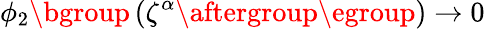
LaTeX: \phi_{2}\mathopen{}\mathclose\bgroup\left(\zeta^{\alpha}\aftergroup\egroup\right)\rightarrow 0